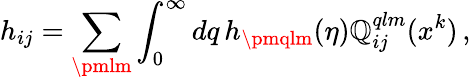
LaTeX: h_{ij}=\sum_{\pmlm}\int_{0}^{\infty}dq\, h_{\pmqlm}(\eta)\mathbb{Q}_{ij}^{qlm}(x^{k})\, ,